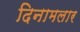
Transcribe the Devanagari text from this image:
दिनामलार